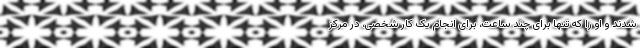
شدند و او را که تنها برای چند ساعت، برای انجام یک کار شخصی، در مرکز